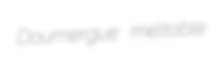
Doumergue meltable